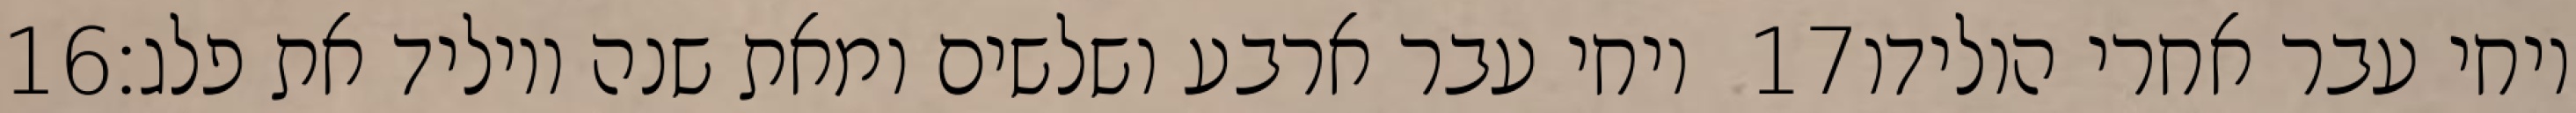
‎16‏ ויחי עבר ארבע ושלשים ומאת שנה ויוליד את פלג׃ ‎17‏ ויחי עבר אחרי הולידו